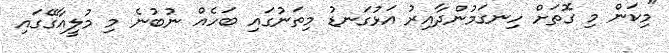
"މިކަން މި ގޮތަށް ހިނގަމުންދާއިރު އަޅުގަނޑު މިތަނުގައި ބަހެއް ނުބުނެ މި މުލީއާގޭގައި